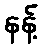
နန့်